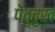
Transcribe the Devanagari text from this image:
पेंतुतुख